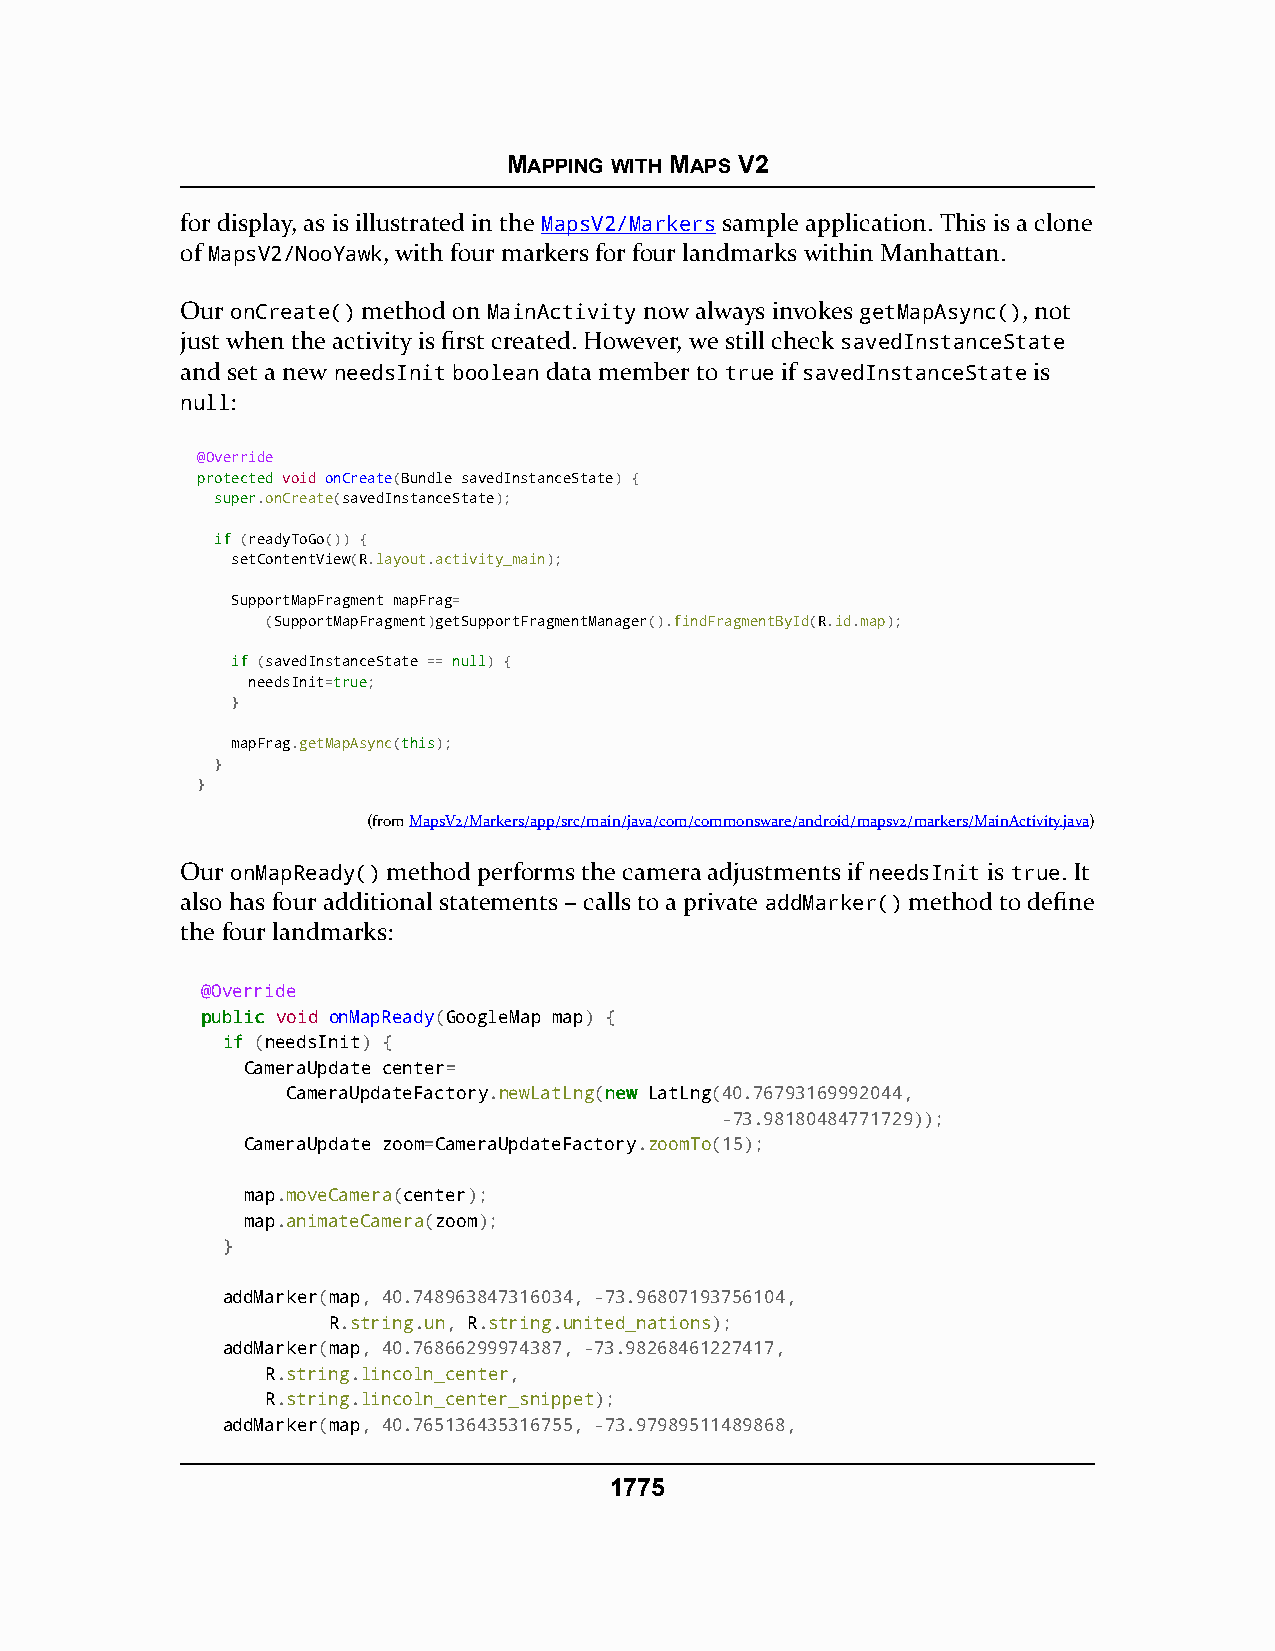
MAPPING WITH MAPS V2
 for display, as is illustrated in the MapsV2/Markers sample application. This is a clone
 of MapsV2/NooYawk, with four markers for four landmarks within Manhattan.
 Our onCreate() method on MainActivity now always invokes getMapAsync(), not
 just when the activity is first created. However, we still check savedInstanceState
 and set a new needsInit boolean data member to true if savedInstanceState is
 null:
 @Override
 pprrootteecctteedd void onCreate(Bundle savedInstanceState) {
 ssuuppeerr.onCreate(savedInstanceState);
 iiff (readyToGo()) {
 setContentView(R.layout.activity_main);
 SupportMapFragment mapFrag=
 (SupportMapFragment)getSupportFragmentManager().findFragmentById(R.id.map);
 iiff (savedInstanceState == nnuullll) {
 needsInit=ttrruuee;
 }
 mapFrag.getMapAsync(tthhiiss);
 }
 }
 (fromMapsV2/Markers/app/src/main/java/com/commonsware/android/mapsv2/markers/MainActivity.java)
 Our onMapReady() method performs the camera adjustments if needsInit is true. It
 also has four additional statements – calls to a private addMarker() method to define
 the four landmarks:
 @Override
 ppuubblliicc void onMapReady(GoogleMap map) {
 iiff (needsInit) {
 CameraUpdate center=
 CameraUpdateFactory.newLatLng(nneeww LatLng(40.76793169992044,
 -73.98180484771729));
 CameraUpdate zoom=CameraUpdateFactory.zoomTo(15);
 map.moveCamera(center);
 map.animateCamera(zoom);
 }
 addMarker(map, 40.748963847316034, -73.96807193756104,
 R.string.un, R.string.united_nations);
 addMarker(map, 40.76866299974387, -73.98268461227417,
 R.string.lincoln_center,
 R.string.lincoln_center_snippet);
 addMarker(map, 40.765136435316755, -73.97989511489868,
 1775